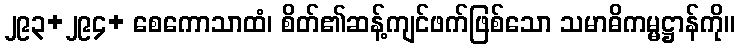
၂၉၃+၂၉၄+ စေကောသာထံ၊ စိတ်၏ဆန့်ကျင်ဖက်ဖြစ်သော သမာဓိကမ္မဋ္ဌာန်ကို။